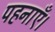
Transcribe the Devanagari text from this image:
पहनाएँ।